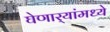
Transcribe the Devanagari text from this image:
घेणार्‍यांमध्ये